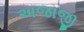
અજાજી